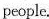
people.